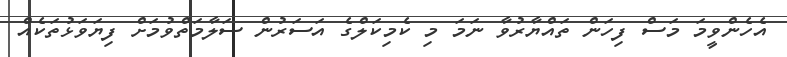
އެހެންވީމަ މަސް ފިހަން ތައްޔާރުވާ ނަމަ މި ކެމިކަލްގެ އަސަރުން ސަލާމަތްވުމަށް ފިޔަވަޅުތަކެއް